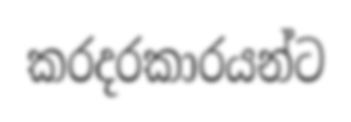
කරදරකාරයන්ට